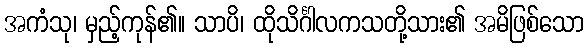
အကံသု၊ မှည့်ကုန်၏။ သာပိ၊ ထိုသိင်္ဂါလကသတို့သား၏ အမိဖြစ်သော